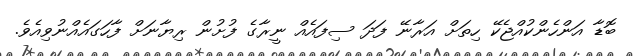
ބޮޑާ އަންހެންކުއްޖެކޭ ހިތަށް އަރާނޭ ފަދަ ސިފައެއް ނީރާގެ ފުށުން ރިޔާނަށް ފާހަގައެއްނުވިއެވެ.